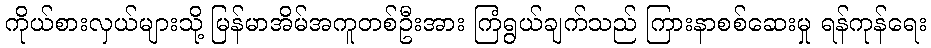
ကိုယ်စားလှယ်များသို့ မြန်မာအိမ်အကူတစ်ဦးအား ကြံရွယ်ချက်သည် ကြားနာစစ်ဆေးမှု ရန်ကုန်ရေး